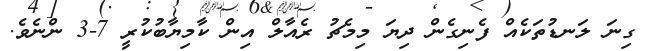
ގިނަ ލަނޑުތަކެއް ފެނިގެން ދިޔަ މިމެޗު ރެއާލް އިން ކާމިޔާބުކުރީ 7-3 ންނެވެ.